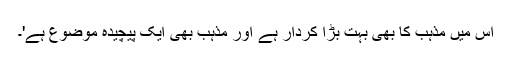
اس میں مذہب کا بھی بہت بڑا کردار ہے اور مذہب بھی ایک پیچیدہ موضوع ہے'۔